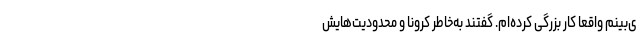
ی‌بینم واقعا کار بزرگی کرده‌ام. گفتند به‌خاطر کرونا و محدودیت‌هایش